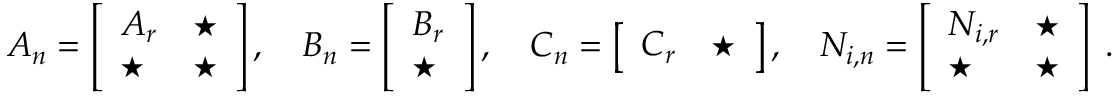
\begin{array} { r } { A _ { n } = \left[ \begin{array} { l l } { { A } _ { r } } & { \star } \\ { \star } & { \star } \end{array} \right] , \quad B _ { n } = \left[ \begin{array} { l } { { B } _ { r } } \\ { \star } \end{array} \right] , \quad C _ { n } = \left[ \begin{array} { l l } { { C } _ { r } } & { \star } \end{array} \right] , \quad N _ { i , n } = \left[ \begin{array} { l l } { { N } _ { i , r } } & { \star } \\ { \star } & { \star } \end{array} \right] \; . } \end{array}